65_HS1-834228961_62-HQ-83894_Section_7
Agency: FBI
Page 129
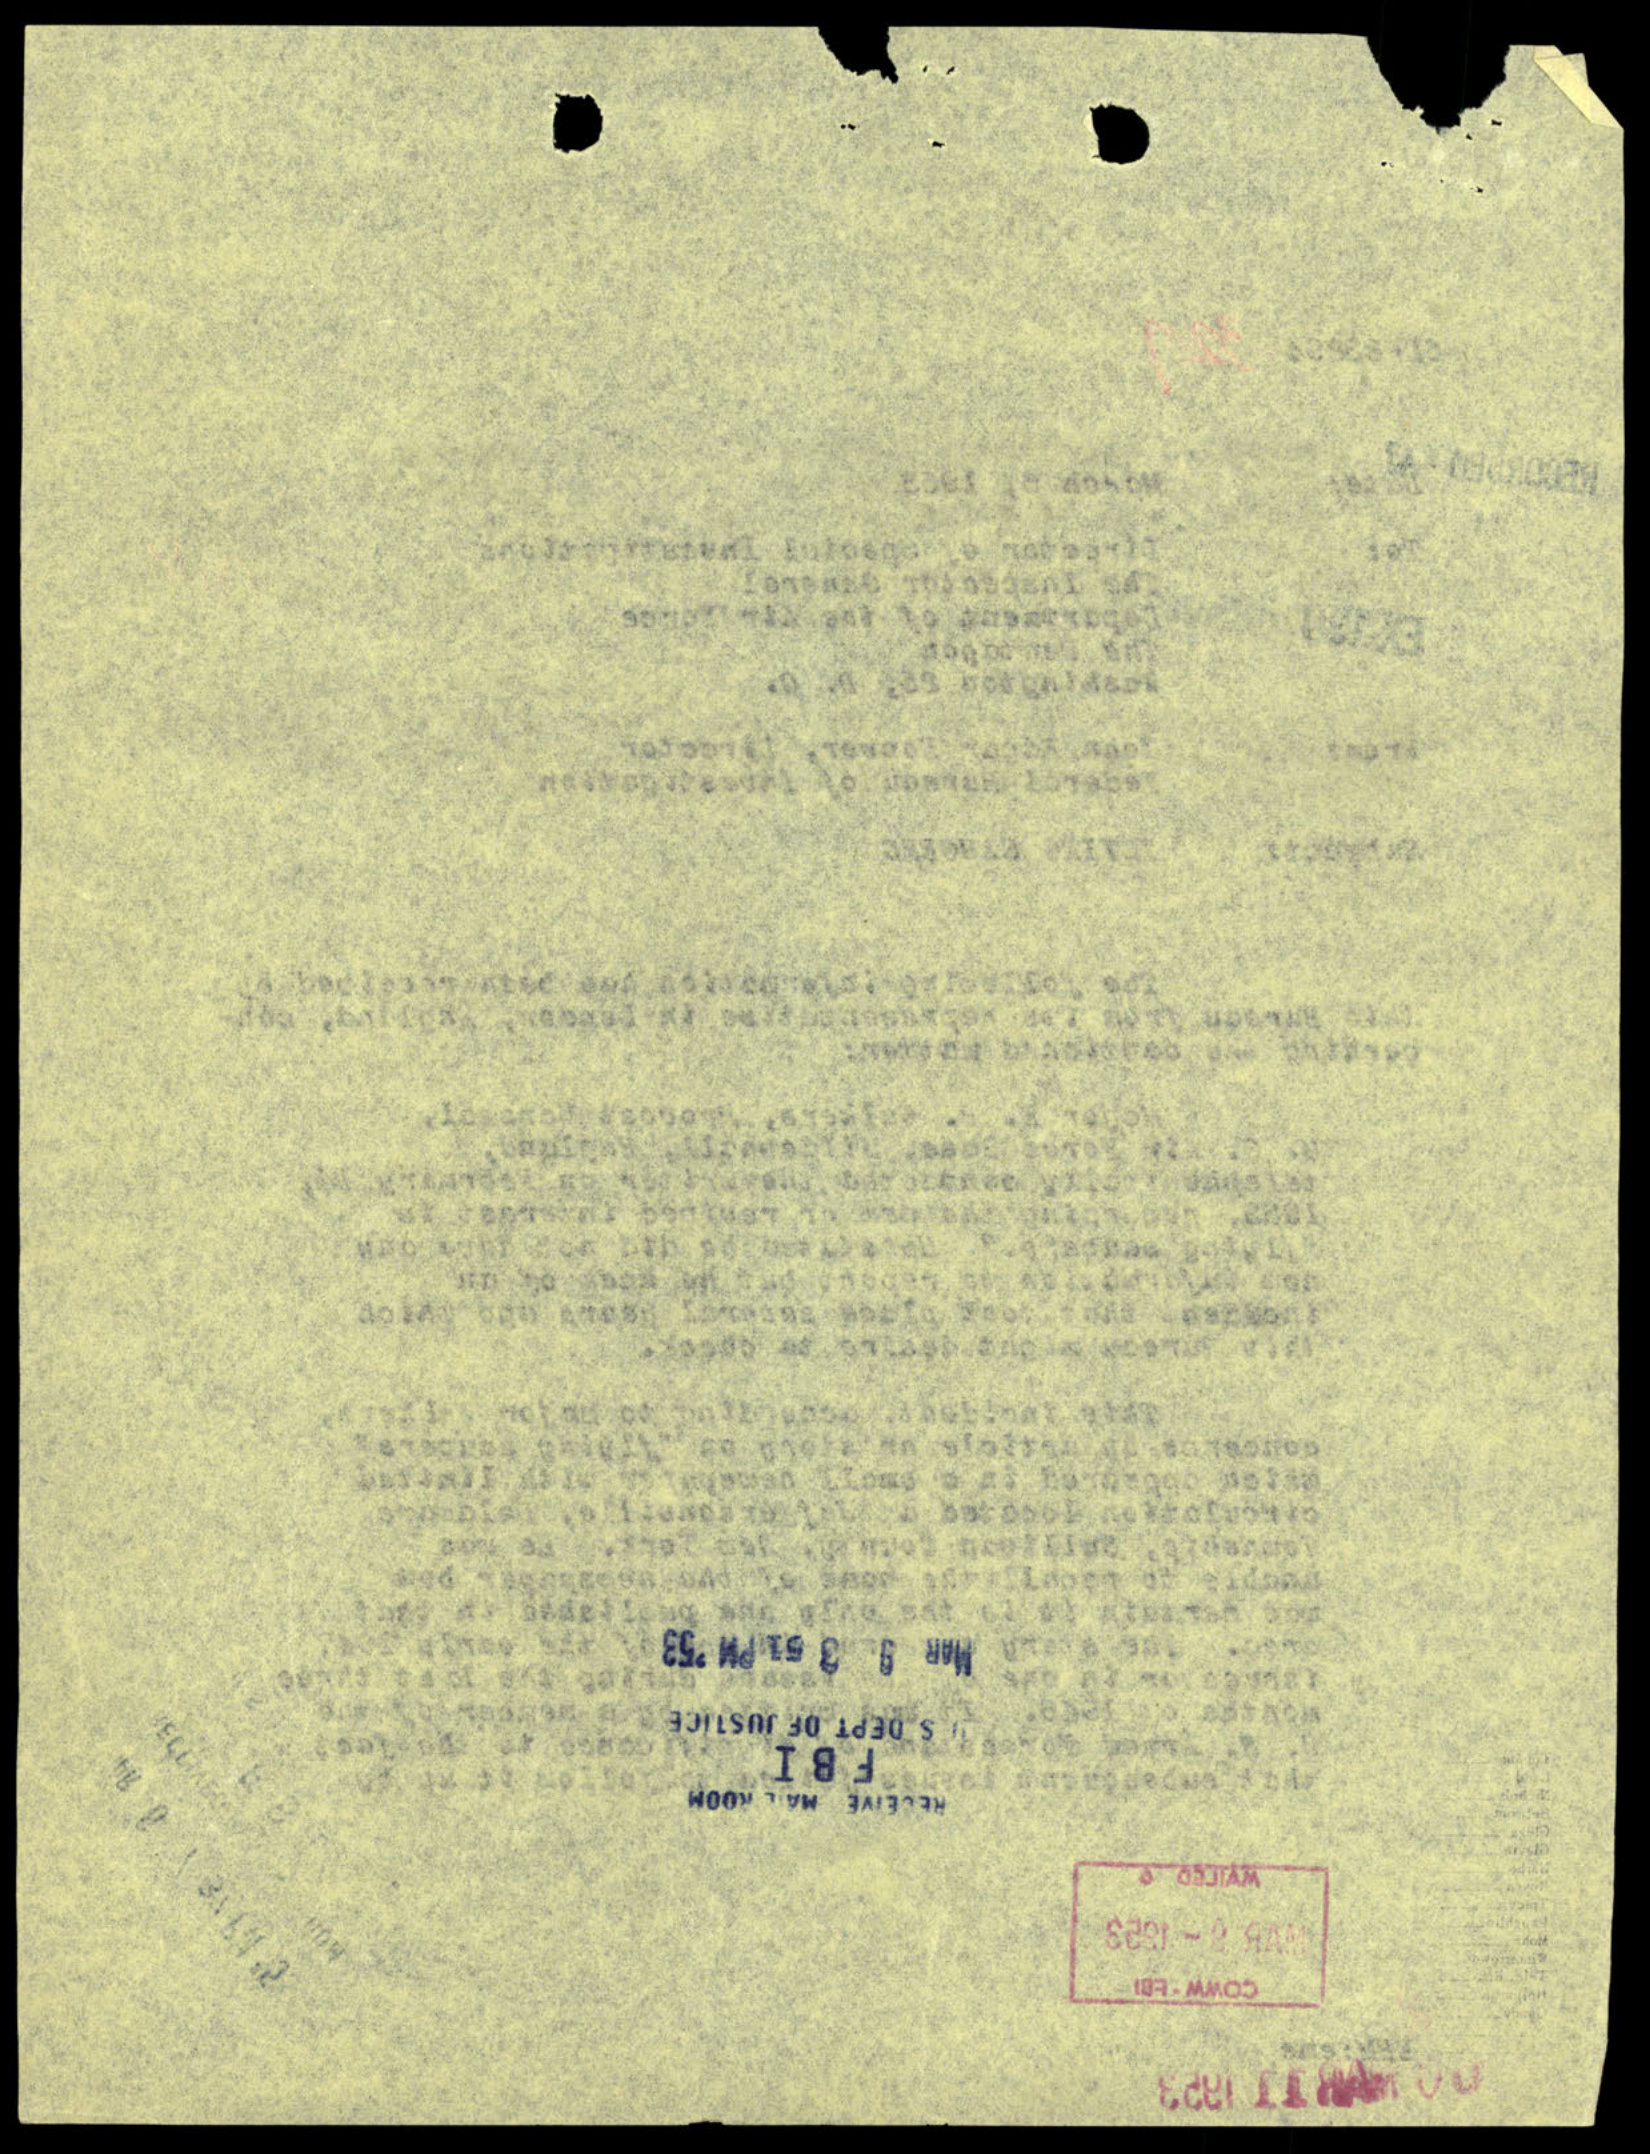